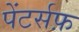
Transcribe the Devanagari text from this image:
पेंटर्सफ़